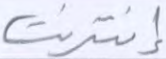
إنترنت